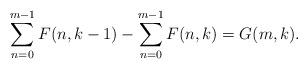
LaTeX: \begin{align*}\sum_{n=0}^{m-1}F(n,k-1)-\sum_{n=0}^{m-1}F(n,k)=G(m,k). \end{align*}